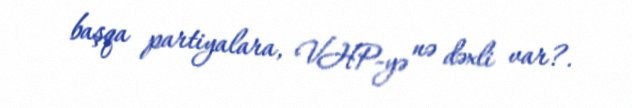
başqa partiyalara, VHP-yə nə dəxli var?.